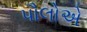
પૌલોએ